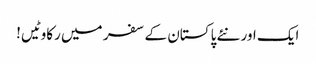
ایک اور نئے پاکستان کے سفر میں رکاوٹیں!